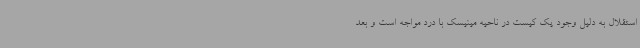
استقلال به دلیل وجود یک کیست در ناحیه مینیسک با درد مواجه است و بعد